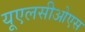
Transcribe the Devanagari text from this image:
यूएलसीओएस